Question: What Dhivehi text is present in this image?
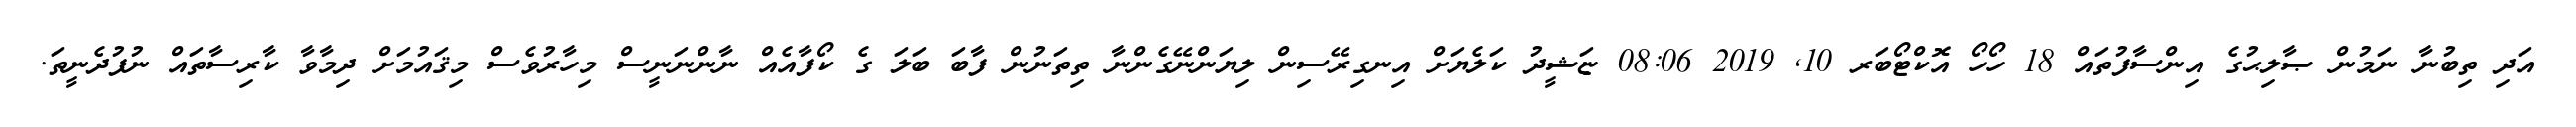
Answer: އަދި ތިބުނާ ނަމުން ޞާލިޙުގެ އިންސާފުތައް 18 ހޯހޯ އޮކްޓޯބަރ 10, 2019 08:06 ޏަޝީދު ކަލެޔަށް އިނގިރޭސިން ލިޔަންނޭގެންނާ ތިތަނުން ފާބަ ބަލަ ގެ ކޯފާއެއް ނާންނަނީސް މިހާރުވެސް މިޤައުމަށް ދިމާވާ ކާރިސާތައް ނުފުދެނީތަ.